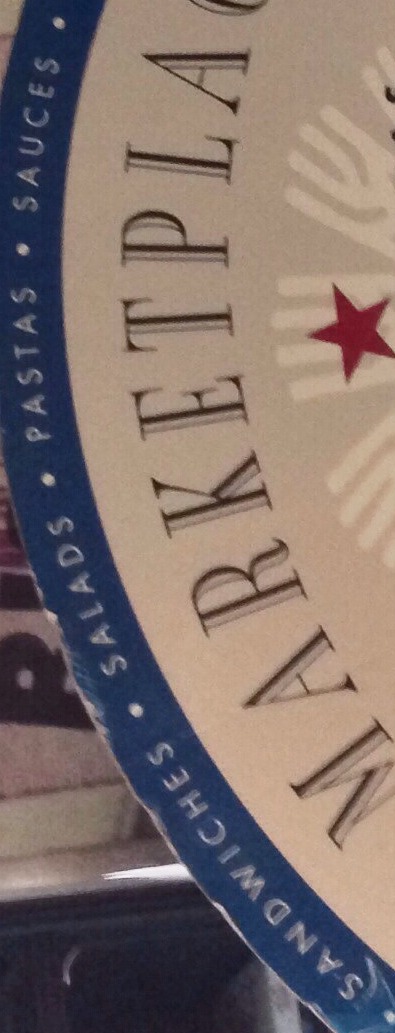
SANDWICHES.SALADS.PASTAS.SAUCES.